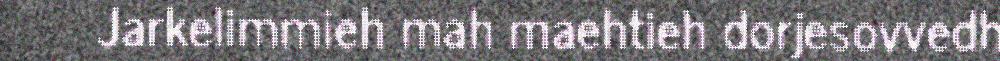
Jarkelimmieh mah maehtieh dorjesovvedh